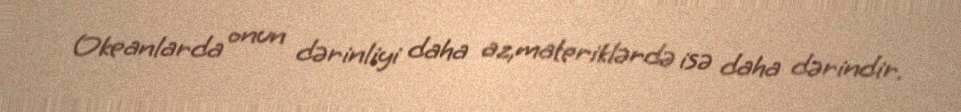
Okeanlarda onun dərinliyi daha az,materiklərdə isə daha dərindir.